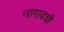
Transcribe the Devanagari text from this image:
नागावची